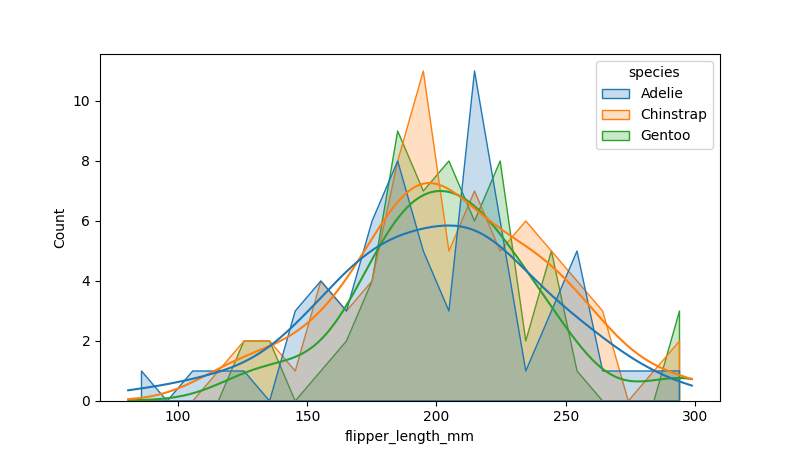
python, seaborn, histplot, hue='species', binwidth=10, bins='20', element='poly'